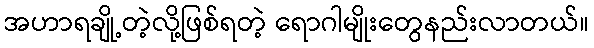
အဟာရချို့တဲ့လို့ဖြစ်ရတဲ့ ရောဂါမျိုးတွေနည်းလာတယ်။